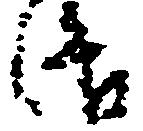
洛